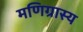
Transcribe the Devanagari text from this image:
मणिग्रास्य